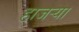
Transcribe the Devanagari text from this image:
हाजर्‍या